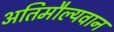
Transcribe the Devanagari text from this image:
अतिमौल्यवान